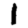
Digit: 1